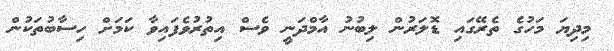
މިދިޔަ މަހުގެ ތެރޭގައި ޑޮލަރުން ލިބުނު އާމްދަނީ ވެސް އިތުރުވެފައިވާ ކަމަށް ހިސާބުތަކުން